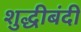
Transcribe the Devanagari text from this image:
शुद्धीबंदी